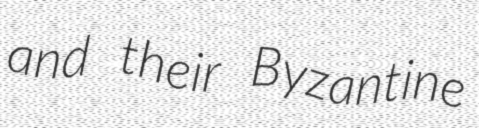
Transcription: and their Byzantine